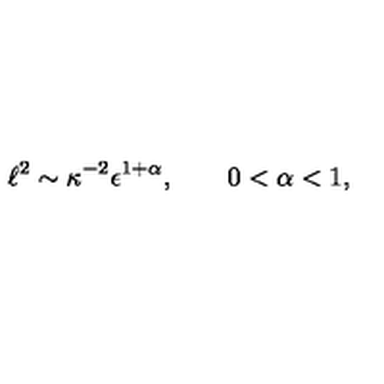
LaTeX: \ell ^ { 2 } \sim \kappa ^ { - 2 } \epsilon ^ { 1 + \alpha } , \qquad 0 < \alpha < 1 ,